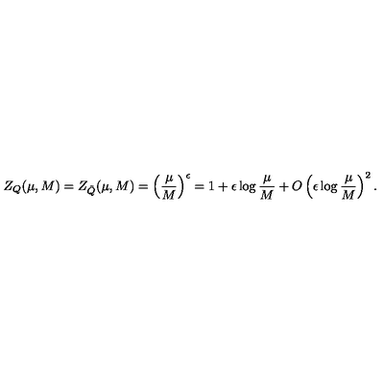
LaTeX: Z _ { Q } ( \mu , M ) = Z _ { \tilde { Q } } ( \mu , M ) = \left( \frac { \mu } { M } \right) ^ { \epsilon } = 1 + \epsilon \log \frac { \mu } { M } + O \left( \epsilon \log \frac { \mu } { M } \right) ^ { 2 } .